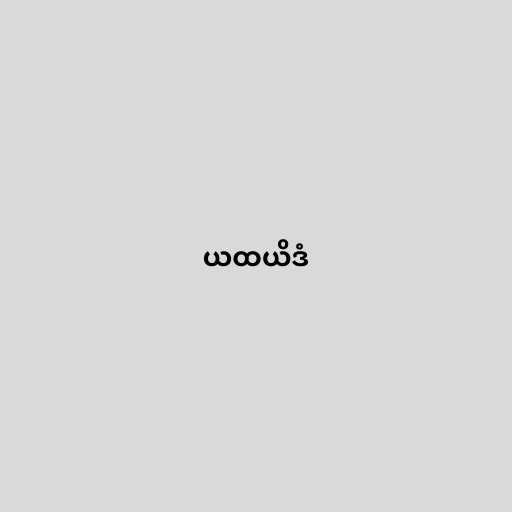
ယထယိဒံ